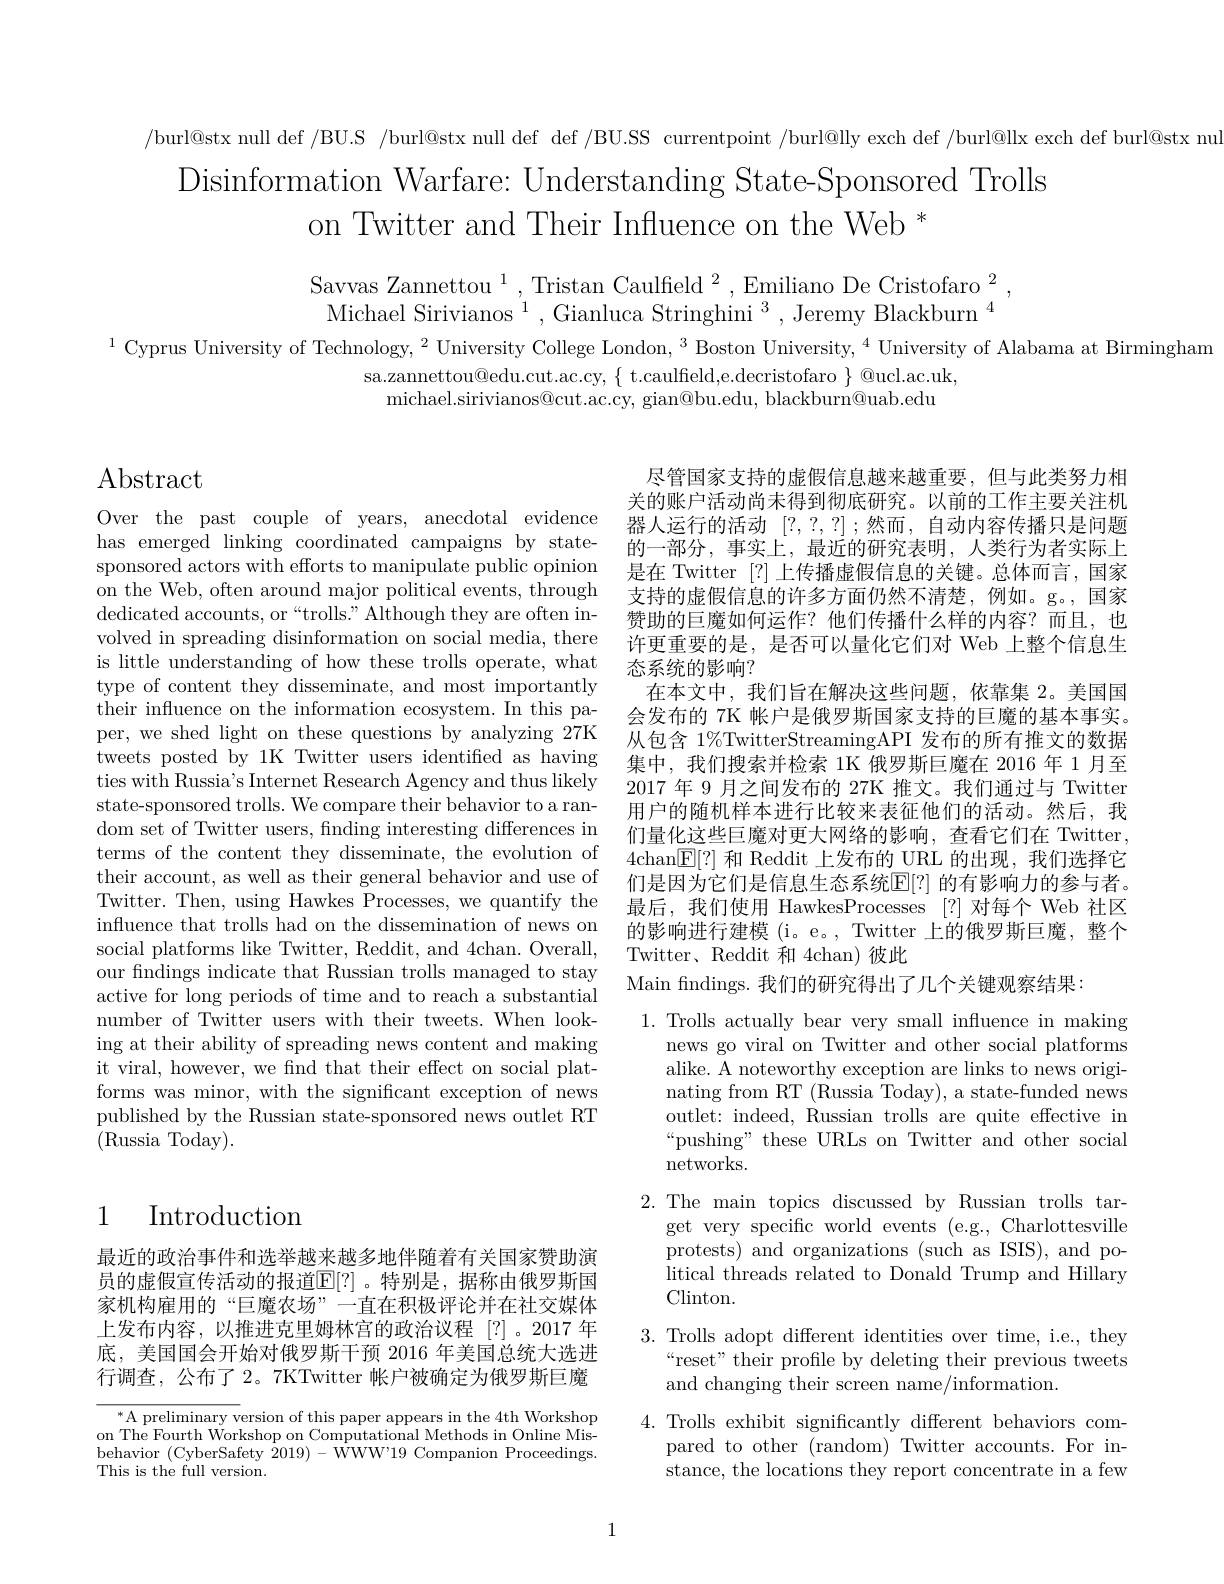
/burl@stx null def /BU.S /burl@stx null def def /BU.SS currentpoint /burl@lly exch def /burl@llx exch def burl@stx nui
Disinformation Warfare: Understanding State-Sponsored Trolls
on Twitter and Their Influence on the Web *

Savvas Zannettou$^1$,Tristan Caulfield$^2$,Emiliano De Cristofaro$^2$, Michael Sirivianos $^1$, Gianluca Stringhini $^3$, Jeremy Blackburn$^4$
$^{1}$ Cyprus University of Technology, $^2$ University College London, $^3$ Boston University, $^4$ University of Alabama at Birmingham
$sa.zannettou@edu.cut.ac.cy,\{~t.caulfield,e.decristofaro~\}~@ucl.ac.uk$,
michael. sirivianos@ cut. ac. cy, gian@ bu. edu, blackburn@ uab. edu

$\operatorname{Abstract}$

尽管国家支持的虚假信息越来越重要，但与此类努力相关的账户活动尚未得到彻底研究。以前的工作主要关注机器人运行的活动[?,?,?] ;然而，自动内容传播只是问题的一部分，事实上，最近的研究表明，人类行为者实际上是在 Twitter [?]上传播虚假信息的关键。总体而言，国家支持的虚假信息的许多方面仍然不清楚，例如。g。,国家赞助的巨魔如何运作？他们传播什么样的内容？而且，也许更重要的是，是否可以量化它们对 Web 上整个信息生态系统的影响？
在本文中，我们旨在解决这些问题，依靠集 2。美国国会发布的 7K 帐户是俄罗斯国家支持的巨魔的基本事实。从包含 1%TwitterStreamingAPI 发布的所有推文的数据集中，我们搜索并检索 1K 俄罗斯巨魔在 2016 年 1 月至2017 年 9 月之间发布的 27K 推文。我们通过与 Twitter 用户的随机样本进行比较来表征他们的活动。然后，我们量化这些巨魔对更大网络的影响，查看它们在 Twitter, 4chan$\boxed{\mathbb{E}[?]}$和 Reddit 上发布的 URL 的出现，我们选择它们是因为它们是信息生态系统$\mathbb{E}[?]$ 的有影响力的参与者。最后，我们使用 HawkesProcesses [?]对每个 Web 社区的影响进行建模 (i。e。, Twitter 上的俄罗斯巨魔，整个Twitter、Reddit 和 4chan)彼此
Main fndings. 我们的研究得出了几个关键观察结果：

Over the past couple of years, anecdotal evidence has emerged linking coordinated campaigns by statesponsored actors with efforts to manipulate public opinion on the Web, often around major political events, through dedicated accounts, or“trolls.” Although they are often involved in spreading disinformation on social media, there is little understanding of how these trolls operate, what type of content they disseminate, and most importantly their influence on the information ecosystem. In this paper, we shed light on these questions by analyzing 27K tweets posted by 1K Twitter users identified as having ties with Russia's Internet Research Agency and thus likely state-sponsored trolls. We compare their behavior to a random set of Twitter users, finding interesting differences in terms of the content they disseminate, the evolution of their account, as well as their general behavior and use of Twitter. Then, using Hawkes Processes, we quantify the influence that trolls had on the dissemination of news on social platforms like Twitter, Reddit, and 4chan. Overall, our fndings indicate that Russian trolls managed to stay active for long periods of time and to reach a substantial number of Twitter users with their tweets. When looking at their ability of spreading news content and making it viral, however, we find that their effect on social platforms was minor, with the significant exception of news published by the Russian state-sponsored news outlet RT (Russia Today).

## 1 Introduction

1. Trolls actually bear very small influence in making
news go viral on Twitter and other social platforms alike. A noteworthy exception are links to news originating from RT (Russia Today), a state-funded news outlet: indeed, Russian trolls are quite effective in “pushing” these URLs on Twitter and other social networks.
2.The main topics discussed by Russian trolls tar-
get very specific world events (e.g., Charlottesville protests) and organizations (such as ISIS), and political threads related to Donald Trump and Hillary Clinton.
3. Trolls adopt different identities over time, i.e., they
“reset” their profile by deleting their previous tweets
and changing their screen name/information.
4. Trolls exhibit significantly different behaviors com-
pared to other (random) Twitter accounts. For instance, the locations they report concentrate in a few

最近的政治事件和选举越来越多地伴随着有关国家赞助演员的虚假宣传活动的报道$\mathbb{E}[?]$。特别是，据称由俄罗斯国家机构雇用的“巨魔农场”一直在积极评论并在社交媒体上发布内容，以推进克里姆林宫的政治议程[?]。2017 年底，美国国会开始对俄罗斯干预 2016 年美国总统大选进行调查，公布了 2。7KTwitter 帐户被确定为俄罗斯巨魔

$^{*}$A preliminary version of this paper appears in the 4th Workshop on The Fourth Workshop on Computational Methods in Online Misbehavior (CyberSafety 2019)-WWW'19 Companion Proceedings. This is the full version.